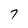
Character: 7